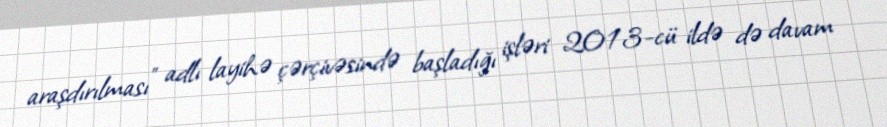
araşdırılması” adlı layihə çərçivəsində başladığı işləri 2013-cü ildə də davam